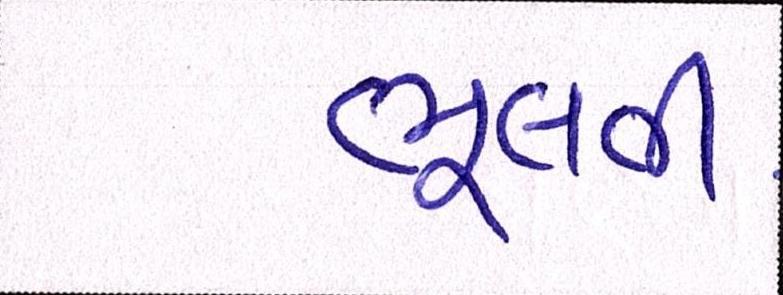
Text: ભૂલતી